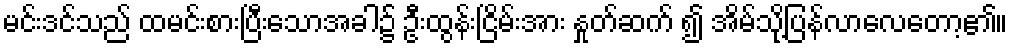
မင်းဒင်သည် ထမင်းစားပြီးသောအခါ၌ ဦးထွန်းငြိမ်းအား နှုတ်ဆက် ၍ အိမ်သို့ပြန်လာလေတော့၏။